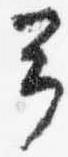
予